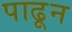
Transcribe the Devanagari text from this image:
पाढून